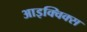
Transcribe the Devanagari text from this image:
आइक्विक्स